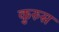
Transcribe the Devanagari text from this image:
कुरुस